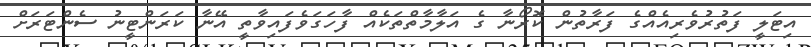
އިޓަލީ ފަތުރުވެރިއެއްގެ ފަރާތުން ކޮރޯނާ ގެ އަލާމާތްތަކެއް ފާހަގަވެފައިވާތީ އޭނާ ކަރަންޓީނު ސެންޓަރަށް